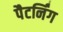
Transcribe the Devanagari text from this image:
पैटर्निंग